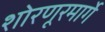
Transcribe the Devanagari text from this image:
शोरणूरमार्गे